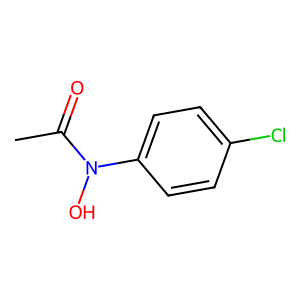
SMILES: CC(=O)N(O)c1ccc(Cl)cc1
Inhibits HIV replication: No